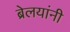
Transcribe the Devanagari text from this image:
ब्रेलयांनी